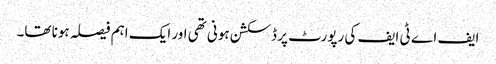
ایف اے ٹی ایف کی رپورٹ پر ڈسکشن ہونی تھی اور ایک اہم فیصلہ ہونا تھا۔